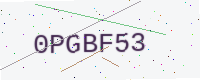
Text: 0PGBF53